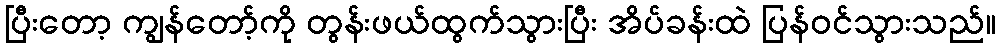
ပြီးတော့ ကျွန်တော့်ကို တွန်းဖယ်ထွက်သွားပြီး အိပ်ခန်းထဲ ပြန်ဝင်သွားသည်။